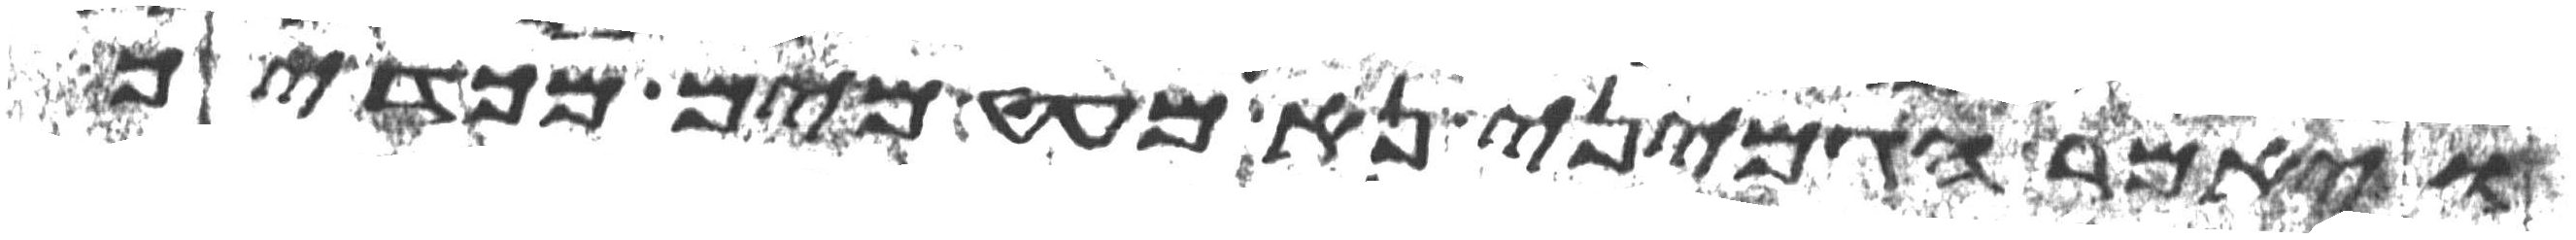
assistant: ויאמר הגמיני נא מעט מים מכדך